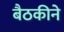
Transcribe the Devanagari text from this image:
बैठकीने